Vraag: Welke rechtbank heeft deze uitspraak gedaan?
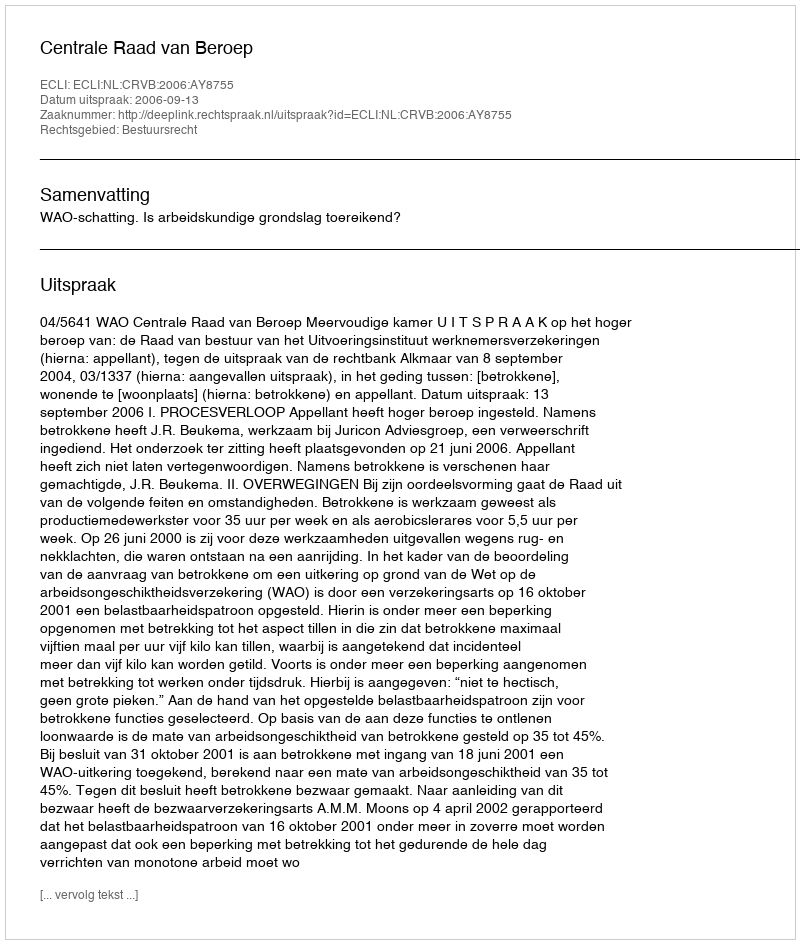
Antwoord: Centrale Raad van Beroep